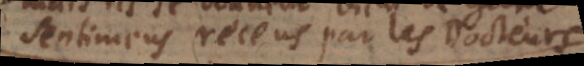
sentimens receus par les Docteurs.